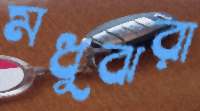
মধুঝরা